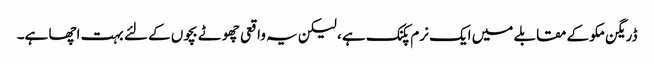
ڈریگن مکو کے مقابلے میں ایک نرم پکنک ہے ، لیکن یہ واقعی چھوٹے بچوں کے لئے بہت اچھا ہے۔